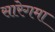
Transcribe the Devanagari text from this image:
सारेगमा